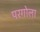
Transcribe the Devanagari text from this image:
परगोला